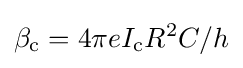
\beta _{\text{c}}=4\pi eI_{\text{c}}R^{2}C/h